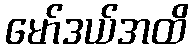
မော်ဒယ်အထိ